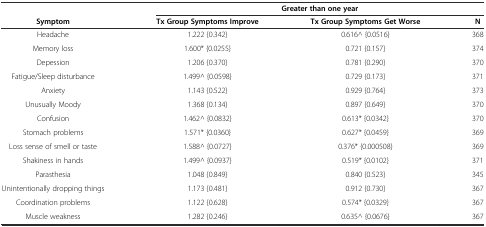
<table><thead><tr><td></td><td colspan="3"><b>Greater than one year</b></td></tr><tr><td><b>Symptom</b></td><td><b>Tx Group Symptoms Improve</b></td><td><b>Tx Group Symptoms Get Worse</b></td><td><b>N</b></td></tr></thead><tbody><tr><td>Headache</td><td>1.222 {0.342}</td><td>0.616^ {0.0516}</td><td>368</td></tr><tr><td>Memory loss</td><td>1.600* {0.0255}</td><td>0.721 {0.157}</td><td>374</td></tr><tr><td>Depession</td><td>1.206 {0.370}</td><td>0.781 {0.290}</td><td>370</td></tr><tr><td>Fatigue/Sleep disturbance</td><td>1.499^ {0.0598}</td><td>0.729 {0.173}</td><td>371</td></tr><tr><td>Anxiety</td><td>1.143 {0.522}</td><td>0.929 {0.764}</td><td>373</td></tr><tr><td>Unusually Moody</td><td>1.368 {0.134}</td><td>0.897 {0.649}</td><td>370</td></tr><tr><td>Confusion</td><td>1.462^ {0.0832}</td><td>0.613* {0.0342}</td><td>370</td></tr><tr><td>Stomach problems</td><td>1.571* {0.0360}</td><td>0.627* {0.0459}</td><td>369</td></tr><tr><td>Loss sense of smell or taste</td><td>1.588^ {0.0727}</td><td>0.376* {0.000508}</td><td>369</td></tr><tr><td>Shakiness in hands</td><td>1.499^ {0.0937}</td><td>0.519* {0.0102}</td><td>371</td></tr><tr><td>Parasthesia</td><td>1.048 {0.849}</td><td>0.840 {0.523}</td><td>345</td></tr><tr><td>Unintentionally dropping things</td><td>1.173 {0.481}</td><td>0.912 {0.730}</td><td>367</td></tr><tr><td>Coordination problems</td><td>1.122 {0.628}</td><td>0.574* {0.0329}</td><td>367</td></tr><tr><td>Muscle weakness</td><td>1.282 {0.246}</td><td>0.635^ {0.0676}</td><td>367</td></tr></tbody></table>